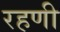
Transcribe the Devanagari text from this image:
रहणी